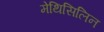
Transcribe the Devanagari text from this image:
मेथिसिलिन